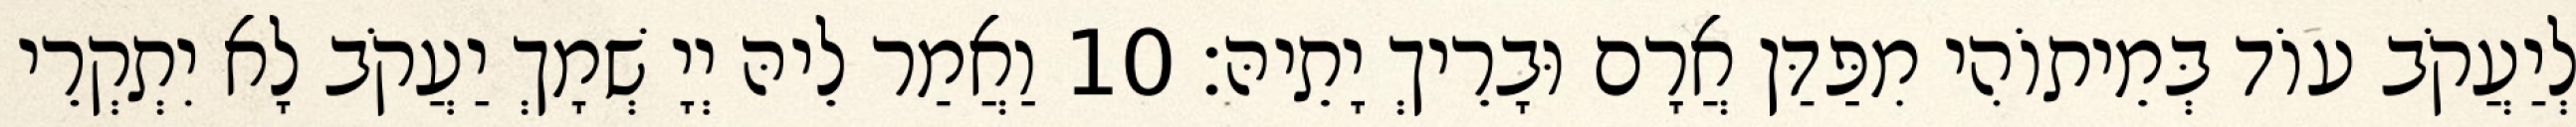
לְיַעֲקֹב עוֹד בְּמֵיתוֹהִי מִפַּדַּן אֲרָם וּבָרֵיךְ יָתֵיהּ׃ 10 וַאֲמַר לֵיהּ יְיָ שְׁמָךְ יַעֲקֹב לָא יִתְקְרֵי